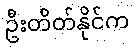
ဦးတိတ်နိုင်က